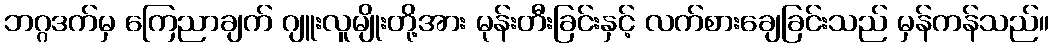
ဘဂ္ဂဒက်မှ ကြေညာချက် ဂျူးလူမျိုးတို့အား မုန်းတီးခြင်းနှင့် လက်စားချေခြင်းသည် မှန်ကန်သည်။